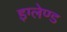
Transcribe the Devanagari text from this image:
इग्‍लेण्‍ड